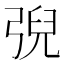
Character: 𢏱